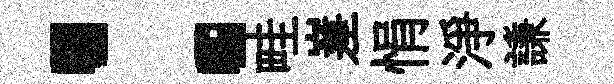
：畦嵳悁淨謙